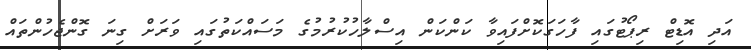
އަދި އޮޑިޓް ރިޕޯޓުގައި ފާހަގަކޮށްފައިވާ ކަންކަން އިސްލާހުކުރުމުގެ މަސައްކަތުގައި ވަރަށް ގިނަ ގޮންޖެހުންތައް